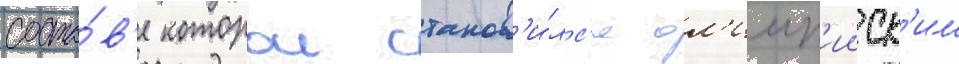
соста́в'е которои станов'и́лс'я ол'имп'ииск'им